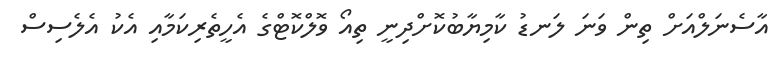
އާސެނަލްއަށް ތިން ވަނަ ލަނޑު ކާމިޔާބުކޮށްދިނީ ތިއޯ ވޮލްކޮޓްގެ އެހީތެރިކަމާއި އެކު އެލެސިސް